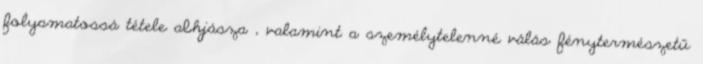
folyamatossá tétele abhjásza , valamint a személytelenné válás fénytermészetű